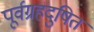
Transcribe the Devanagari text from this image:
पूर्वग्रहदुषित